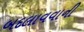
બદલાવવાની